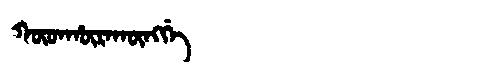
Manchu: ᡴᡡᡨᡥᡡᡵᠠᡴᡡᠩᡤᡝ
Romanization: KŪTHŪRAKŪNGGE